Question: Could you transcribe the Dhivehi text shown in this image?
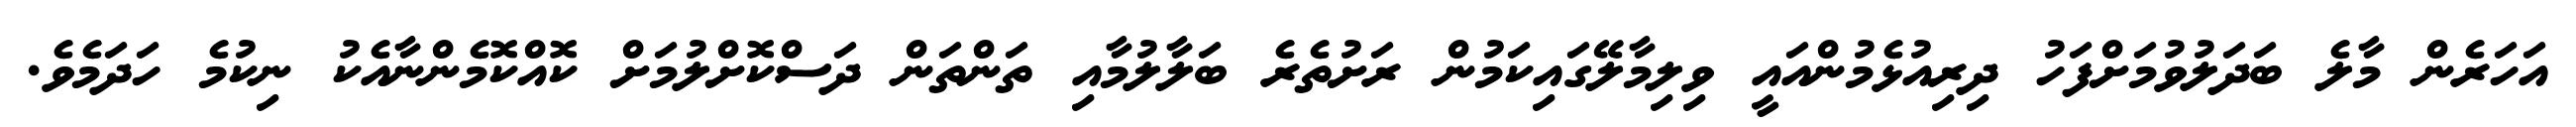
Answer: އަހަރެން މާލެ ބަދަލުވުމަށްފަހު ދިރިއުޅެމުންއައީ ވިލިމާލޭގައިކަމުން ރަށުތެރެ ބަލާލުމާއި ތަންތަން ދަސްކޮށްލުމަށް ކޮއްކޮމެންނާއެކު ނިކުމެ ހަދަމެވެ.